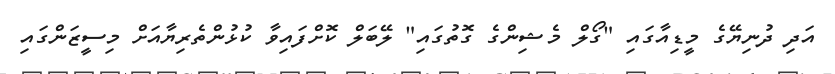
އަދި ދުނިޔޭގެ މީޑިއާގައި "ގޯލް މެޝިންގެ ގޮތުގައި" ލޭބަލް ކޮށްފައިވާ ކުޅުންތެރިޔާއަށް މިސީޒަންގައި